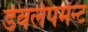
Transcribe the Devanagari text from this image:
डेवलेपमेन्ट